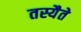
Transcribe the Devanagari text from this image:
तस्यैते